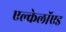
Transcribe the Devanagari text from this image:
एल्केलॉएड